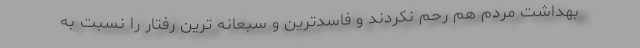
بهداشت مردم هم رحم نکردند و فاسدترین و سبعانه ترین رفتار را نسبت به